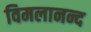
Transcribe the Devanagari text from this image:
विमलानन्द